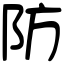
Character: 防